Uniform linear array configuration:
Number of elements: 32
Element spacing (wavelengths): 0.5
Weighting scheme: kaiser
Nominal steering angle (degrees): -60
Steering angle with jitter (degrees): -58.193
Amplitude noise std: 0.05
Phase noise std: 0.05

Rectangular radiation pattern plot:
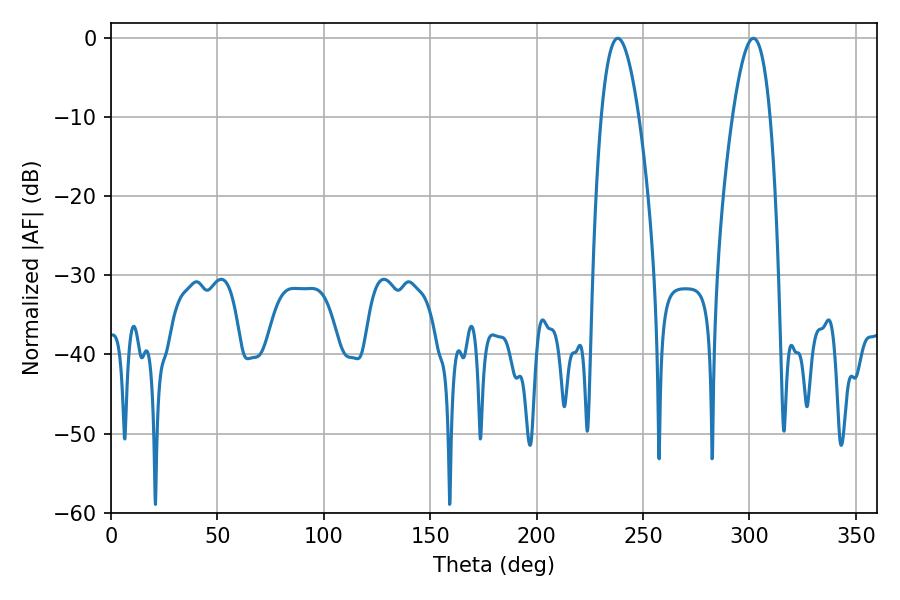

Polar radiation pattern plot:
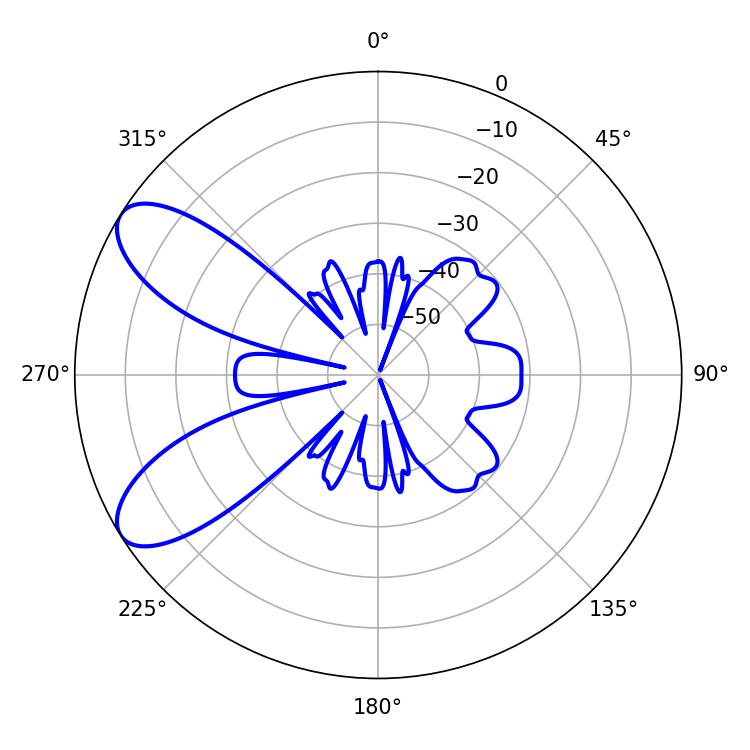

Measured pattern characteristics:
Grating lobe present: FALSE
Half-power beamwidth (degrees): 9.72
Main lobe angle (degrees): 238.14